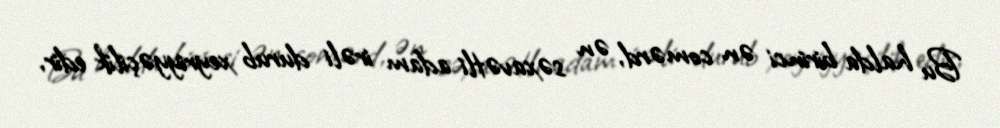
Bu halda birinci ən comərd, ən səxavətli adam irəli durub xeyriyyəçilik edir,